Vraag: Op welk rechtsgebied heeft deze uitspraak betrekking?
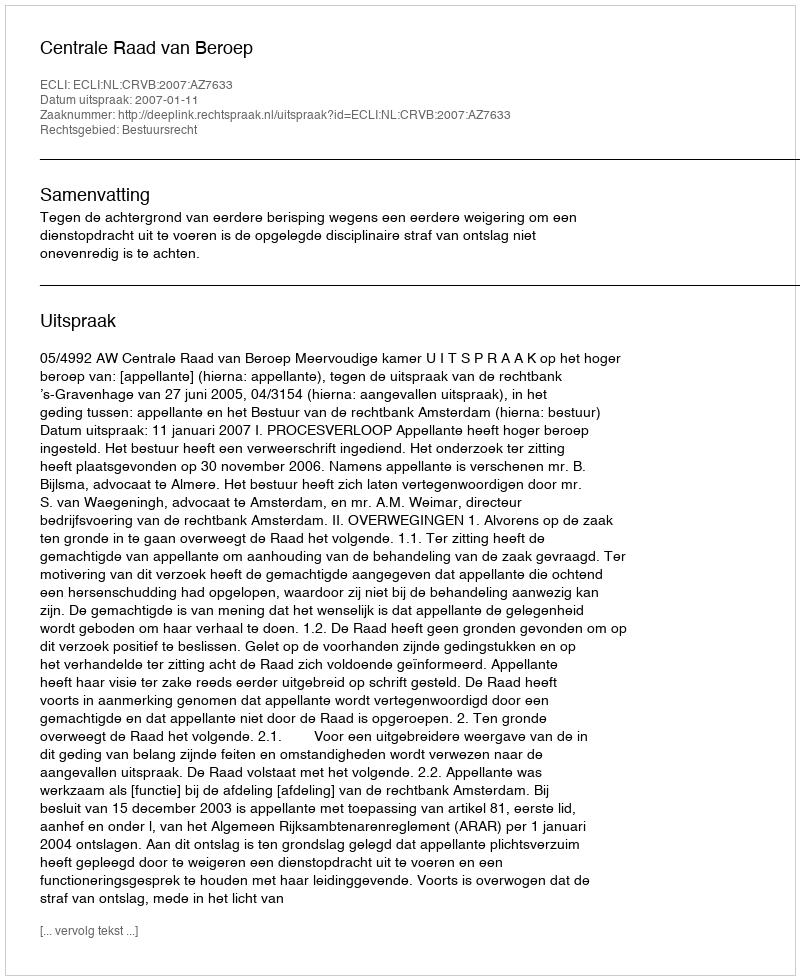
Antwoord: Bestuursrecht